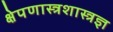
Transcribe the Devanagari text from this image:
क्षेपणास्त्रशास्त्रज्ञ